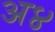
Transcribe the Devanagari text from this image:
अ४